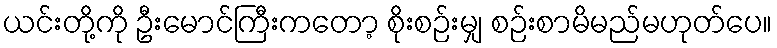
ယင်းတို့ကို ဦးမောင်ကြီးကတော့ စိုးစဉ်းမျှ စဉ်းစာမိမည်မဟုတ်ပေ။